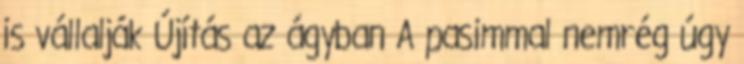
is vállalják Újítás az ágyban A pasimmal nemrég úgy